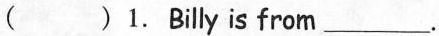
( )1.Billy is from ___.